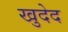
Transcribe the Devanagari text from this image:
खुदेद